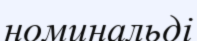
номинальді